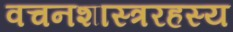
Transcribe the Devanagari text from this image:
वचनशास्त्ररहस्य